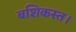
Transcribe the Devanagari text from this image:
बशिकस्त।